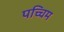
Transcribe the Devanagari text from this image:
पच्चिम